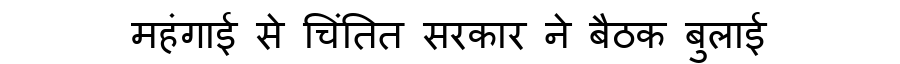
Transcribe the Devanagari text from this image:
महंगाई से चिंतित सरकार ने बैठक बुलाई